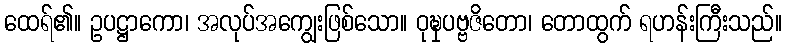
ထေရ်၏။ ဥပဋ္ဌာကော၊ အလုပ်အကျွေးဖြစ်သော။ ဝုဍ္ဎှပဗ္ဗဇိတော၊ တောထွက် ရဟန်းကြီးသည်။